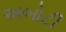
અબોટી